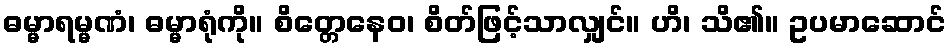
ဓမ္မာရမ္မဏံ၊ ဓမ္မာရုံကို။ စိတ္တေနေဝ၊ စိတ်ဖြင့်သာလျှင်။ ဟိ၊ သိ၏။ ဥပမာဆောင်